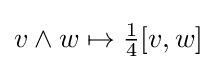
v\wedge w\mapsto {\tfrac {1}{4}}[v,w]